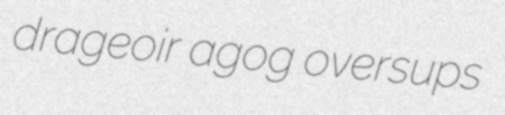
drageoir agog oversups